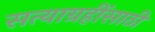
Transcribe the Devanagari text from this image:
सत्याग्रहींसाठी